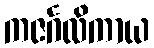
ကဇင်္ဂလိကာယ